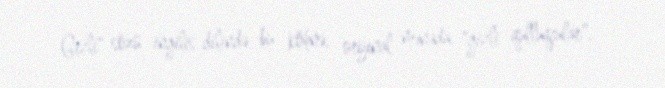
Gizli" sözü ingilis dilində bu köhnə, orijinal mənada, "gizli qulluqçular",